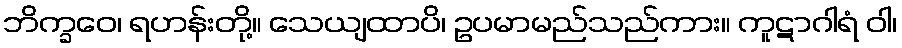
ဘိက္ခဝေ၊ ရဟန်းတို့။ သေယျထာပိ၊ ဥပမာမည်သည်ကား။ ကူဋာဂါရံ ဝါ၊